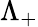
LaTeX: \Lambda_{+}